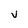
Character: v